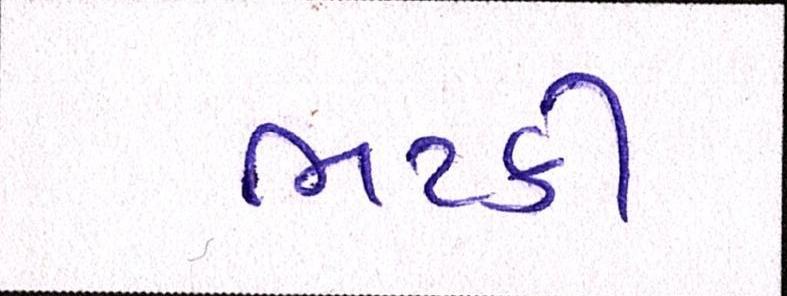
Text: ભટકી